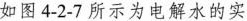
如图4-2-7所示为电解水的实